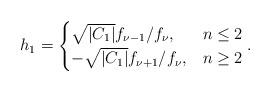
LaTeX: \begin{align*}h_1 =\begin{cases}\sqrt{|C_1|}f_{\nu -1}/f_\nu, & n\leq 2\\-\sqrt{|C_1|}f_{\nu +1}/f_\nu, & n\geq 2\end{cases} . \end{align*}